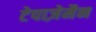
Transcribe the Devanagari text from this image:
टेपाज़ेमैन